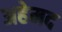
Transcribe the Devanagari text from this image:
अहेमद